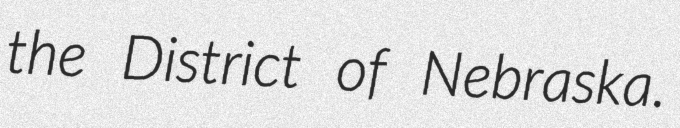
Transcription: the District of Nebraska.